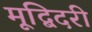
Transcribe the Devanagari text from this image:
मूद्बिदरी